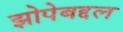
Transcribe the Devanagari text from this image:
झोपेबद्दल